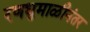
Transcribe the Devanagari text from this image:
रणधुमाळीनंतर